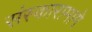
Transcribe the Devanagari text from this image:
संस्कारामागे